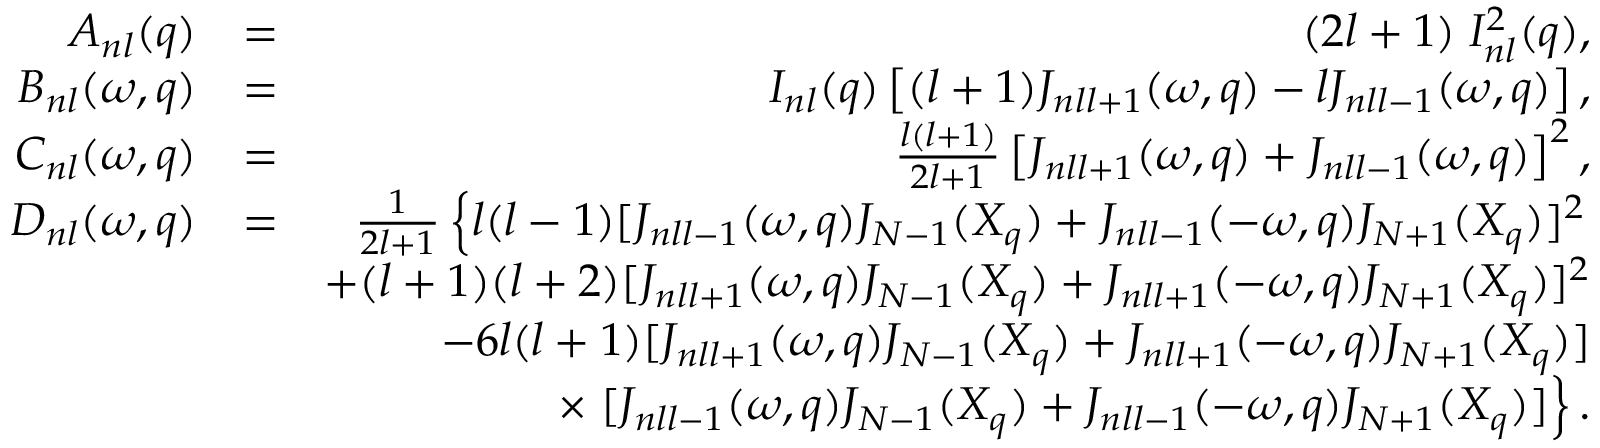
\begin{array} { r l r } { { \cal A } _ { n l } ( q ) } & { = } & { ( 2 l + 1 ) \; { \cal I } _ { n l } ^ { 2 } ( q ) , } \\ { { \cal B } _ { n l } ( \omega , q ) } & { = } & { { \cal I } _ { n l } ( q ) \left[ ( l + 1 ) { \cal J } _ { n l l + 1 } ( \omega , q ) - l { \cal J } _ { n l l - 1 } ( \omega , q ) \right] , } \\ { { \cal C } _ { n l } ( \omega , q ) } & { = } & { \frac { l ( l + 1 ) } { 2 l + 1 } \left[ { \cal J } _ { n l l + 1 } ( \omega , q ) + { \cal J } _ { n l l - 1 } ( \omega , q ) \right] ^ { 2 } , } \\ { { \cal D } _ { n l } ( \omega , q ) } & { = } & { \frac { 1 } { 2 l + 1 } \left\{ { l ( l - 1 ) } [ { \cal J } _ { n l l - 1 } ( \omega , q ) J _ { N - 1 } ( X _ { q } ) + { \cal J } _ { n l l - 1 } ( - \omega , q ) J _ { N + 1 } ( X _ { q } ) ] ^ { 2 } \right. } \\ & { } & { + ( l + 1 ) ( l + 2 ) [ { \cal J } _ { n l l + 1 } ( \omega , q ) J _ { N - 1 } ( X _ { q } ) + { \cal J } _ { n l l + 1 } ( - \omega , q ) J _ { N + 1 } ( X _ { q } ) ] ^ { 2 } } \\ & { } & { - { 6 l ( l + 1 ) } [ { \cal J } _ { n l l + 1 } ( \omega , q ) J _ { N - 1 } ( X _ { q } ) + { \cal J } _ { n l l + 1 } ( - \omega , q ) J _ { N + 1 } ( X _ { q } ) ] } \\ & { } & { \times \left. [ { \cal J } _ { n l l - 1 } ( \omega , q ) J _ { N - 1 } ( X _ { q } ) + { \cal J } _ { n l l - 1 } ( - \omega , q ) J _ { N + 1 } ( X _ { q } ) ] \right\} . } \end{array}